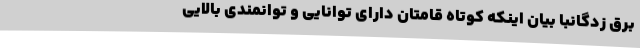
برق زدگانبا بیان اینکه کوتاه قامتان دارای توانایی و توانمندی بالایی